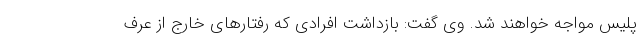
پلیس مواجه خواهند شد. وی گفت: بازداشت افرادی که رفتارهای خارج از عرف